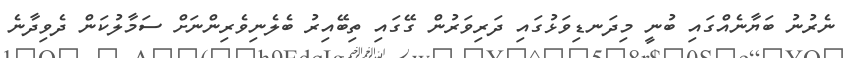
ނެރުނު ބަޔާނެއްގައި ބުނީ މިދަނޑިވަޅުގައި ދަރިވަރުން ގޭގައި ތިބޭއިރު ބެލެނިވެރިންނަށް ސަމާލުކަން ދެވިދާނެ